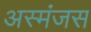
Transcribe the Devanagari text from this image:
अस्मंजस